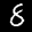
Label: 8